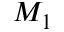
M _ { 1 }